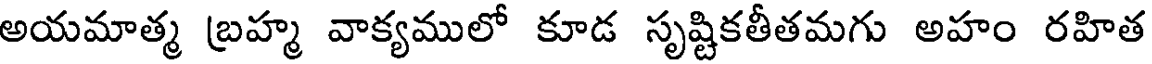
అయమాత్మ బ్రహ్మ వాక్యములో కూడ సృష్టికతీతమగు అహం రహిత